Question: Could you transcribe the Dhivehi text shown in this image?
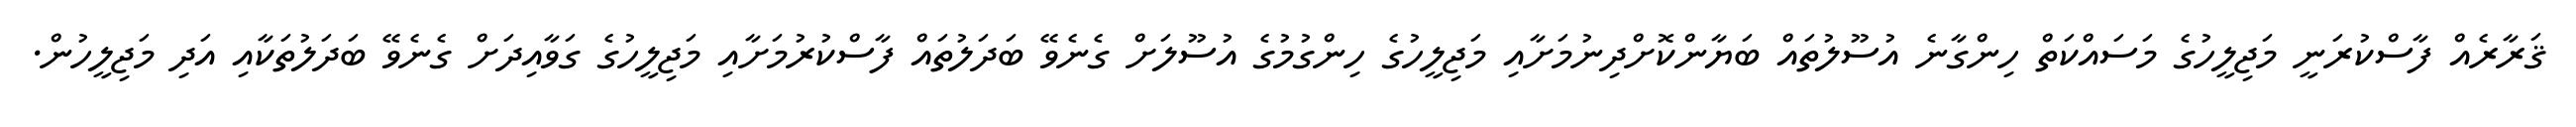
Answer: ޤަރާރެއް ފާސްކުރަނީ މަޖިލީހުގެ މަސައްކަތް ހިންގާނެ އުސޫލުތައް ބަޔާންކޮށްދިނުމަށާއި މަޖިލީހުގެ ހިންގުމުގެ އުސޫލަށް ގެނެވޭ ބަދަލުތައް ފާސްކުރުމަށާއި މަޖިލީހުގެ ގަވާއިދަށް ގެނެވޭ ބަދަލުތަކާއި އަދި މަޖިލީހުން.